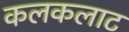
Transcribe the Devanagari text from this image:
कलकलाट